Vital statistics of India. Vol. IV, Annual returns from 1871 to 1876. British Army of India, Native Army and jails of Bengal
Year: 1871
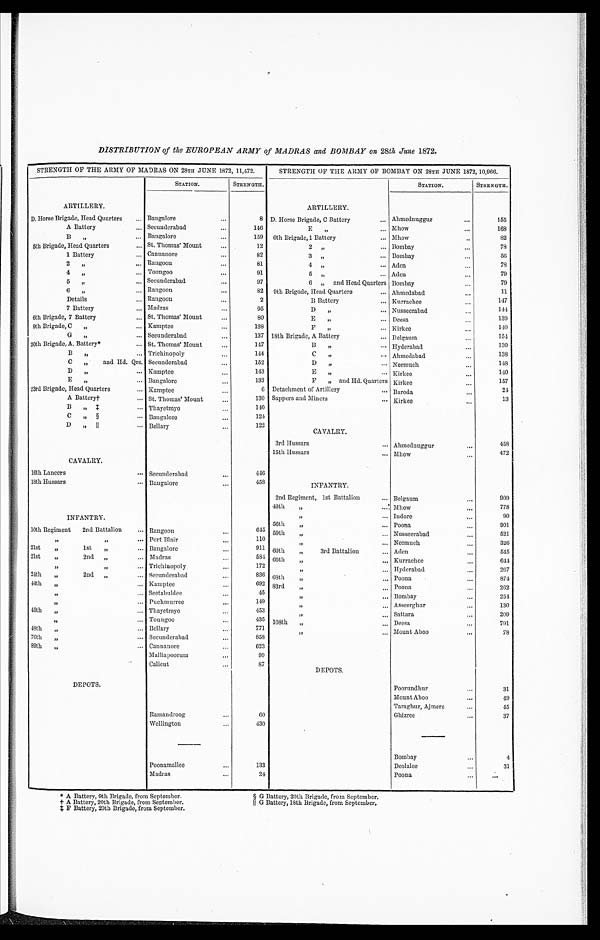
DISTRIBUTION of the EUROPEAN ARMY of MADRAS and BOMBAY on 28th June 1872.
STRENGTH OF THE ARMY OF MADRAS ON 28TH JUNE 1872, 11,472.
ARTILLERY.
STATION.
STRENGTH.
D. Horse Brigade, Head Quarters
Bangalore
8
A Battery
Secunderabad
1 4 6
B
,, Bangalore
1 5 9
5th Brigade, Head Quarters
St. Thomas' Mount
12
1 Battery
Cannanore
82
2
,, Rangoon
8 1
4
,, Toungoo
91
5
,,
Secunderabad
97
6
, , Rangoon
82
Details
Rangoon
2
7 Battery
Madras
9 5
6th Brigade, 7 Battery
St. Thomas' Mount
8 0
9th Brigade, C
,, KamPtee
1 3 8
G
,, Secunderabad
137
20th Brigade, A. Battery*
St. Thomas' Mount
147
B
,, Trichinopoly
144
C
,, and Hd. Qrs. Secunderabad
1 5 2
D
,, Kamptee
1 4 3
E
, , Bangalore
1 3 3
23rd Brigade, Head Quarters
Kamptee
6
A Battery† St. Thomas' Mount
130
B
„
‡ Thayetmyo
140
C
,,§ Bangalore
124
D , ,║ Bellary
122
CAVALRY.
16th Lancers
Secunderabad
446
18th Hussars
Bangalore
458
INFANTRY.
10th Regiment
2nd Battalion
Rangoon
645
, , , ,
Port Blair
110
21st
,,
lst
„
Bangalore
911
21st
,,
2nd
, ,
Madras
5 8 4
, , , ,
Tri chinopoly
172
24th
,,
2nd
, ,
Secunderabad
8 3 6
44th
, ,
Kamptee
692
, ,
Seetabuldee
45
, ,
P Puchmurree
149
45th
,,
Thayetmyo
453
, ,
Toungoo
435
48th
,,
Bellary
7 7 1
76th
,,
Secunderabad
8 5 8
89th
,,
Cannanore
6 2 3
Malliapoorum
9 9
Calicut
87
DEPOTS.
Ramandroog
6 0
Wellington
4 3 0
Poonamallee
1 3 3
Madras
2 4
STRENGTH OF THE ARMY OF BOMBAY ON 28TH JUNE 1872, 10,966.
ARTILLERY.
STATION.
STRENGTH.
D. Horse Brigade, C Battery
Ahmednuggur
155
E , , Mhow
168
6th Brigade, 1 Battery
Mhow
82
2
, , Bombay
78
3
,, Bombay
56
4
, , Aden
78
5
,, Aden
79
6 ,, and Head Quarters Bombay
79
9th Brigade, Head Quarters
Ahmedabad
11
B Battery
Kurrachee
1 4 7
D , , Nusseerabad
144
E
,, Deesa
139
F
,, Kirkee
140
1 8 t h B r i g a d e , A B a t t e r y
Belgamn
1 5 4
B
,, Hyderabad
130
C
,, Ahmedabad
138
D
,, Neemuch
148
E
,, Kirkee
140
F
,, and Hd. Quarters Kirkee
157
Detachment of Artillery
Baroda
2 4
Sappers and Miners
Kirkee
13
CAVALRY.
3rd Hussars
Ahmednuggur
458
15th Hussars
Mhow
472
INFANTRY.
2nd Regiment, 1st Battalion
Bel gaum
909
49th
„
Mhow
7 7 8
,,
Indore
90
56th
, , Poona
9 0 1
59th
, , Nusseerabad
5 2 1
,,
Neemuch
326
60th
,,
3rd Battalion
Aden
545
66th
, , Kurrachee
6 4 4
,,
Hyderabad
267
68th
,, Poona
874
83rd
,, Poona
262
,,
Bombay
...
254
,,
Asseerghur
130
,,
Sattara
209
108th
, , Deesa
791
,,
Mount Aboo
7 8
DEPOTS.
Poorundhur
31
Mount Aboo
4 9
Taraghur, Ajmere
4 5
Ghizree
37
Bombay
4
Deolalee
31
Poona
...
* A Battery, 9th Brigade, from September.
† A Battery, 20th Brigade, from September.
‡ F Battery, 20th Brigade, from September.
§ G Battery, 20th Brigade, from September.
║G Battery, 18th Brigade, from September.